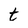
Character: t